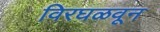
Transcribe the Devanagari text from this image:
विरघळवून